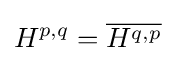
H^{p,q}={\overline {H^{q,p}}}